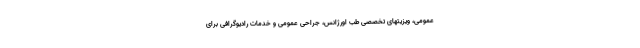
عمومی، ویزیتهای تخصصی طب اورژانس، جراحی عمومی و خدمات رادیوگرافی برای